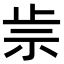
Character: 𥘣